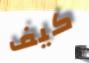
كيف